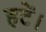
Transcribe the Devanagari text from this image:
हटें।